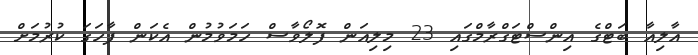
އާލިއާ ބަޓްގެ އިންސްޓަގްރާމްގައި 23 މިލިއަން ފޮލޯވާސް ހަމަވުމުން އެކަން ފާހަގަ ކުރުމަށް